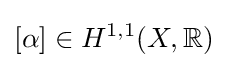
[\alpha ]\in H^{1,1}(X,\mathbb {R} )